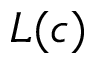
L ( c )